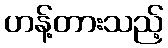
ဟန့်တားသည့်